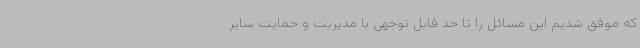
که موفق شدیم این مسائل را تا حد قابل توجهی با مدیریت و حمایت سایر